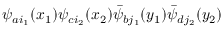
\psi _ { a i _ { 1 } } ( x _ { 1 } ) \psi _ { c i _ { 2 } } ( x _ { 2 } ) \bar { \psi } _ { b j _ { 1 } } ( y _ { 1 } ) \bar { \psi } _ { d j _ { 2 } } ( y _ { 2 } )